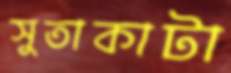
সুতাকাটা